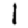
Digit: 1